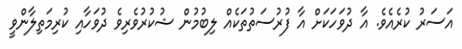
އަސަރު ކުރެއެވެ. އާ ދުވަހަކަށް އާ ފުރުސަތުތަކެއް ލިބުމުން ޝުކުރުވެރިވެ ދުވަހާއި ކުރިމަތިލާންވީ